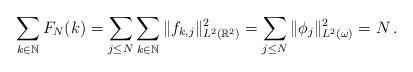
\begin{align*}\sum_{k\in\mathbb{N}}F_N(k)=\sum_{j\le N}\sum_{k\in\mathbb{N}}\|f_{k,j}\|_{L^2(\mathbb{R}^2)}^2=\sum_{j\le N}\|\phi_j\|_{L^2(\omega)}^2=N\,.\end{align*}